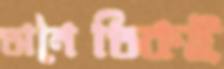
অনৈতিকই